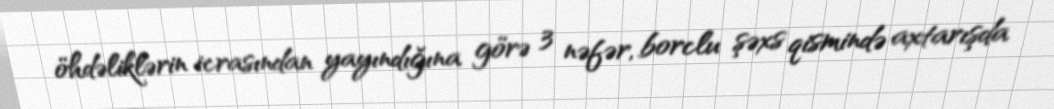
öhdəliklərin icrasından yayındığına görə 3 nəfər, borclu şəxs qismində axtarışda